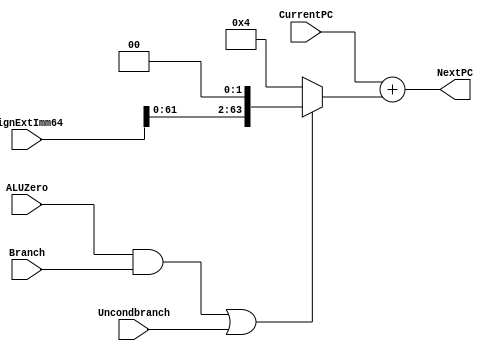
////////////////////////////////////////////////////////////////////////////////
//                                                                            //
//                                                                            //
// VARS:                                                                      //
//     - SignExtImm64 = Output of sign extender                               //
//     - CurrentPC    = Current program counter                               //
//     - Branch       = `true` if instruction type B                          //
//     - Uncondbranch = `true` if instruction type CB                         //
//     - ALUZero      = ALU "zero" output                                     //
//                                                                            //
//                                                                            //
////////////////////////////////////////////////////////////////////////////////


module NextPClogic(NextPC, CurrentPC, SignExtImm64, Branch, ALUZero, Uncondbranch); 
   input [63:0] CurrentPC, SignExtImm64; 
   input 	Branch, ALUZero, Uncondbranch; 
   output [63:0] NextPC; 

   // Boolean algebra to determine the `select` bit for the mux
   wire 	 sel = ((ALUZero & Branch) | Uncondbranch);

   // If the select is true (take the branch) add the SE<<2 to the current PC
   //  if select is false, increment to next instruction (+4)
   assign NextPC = CurrentPC + (sel ? (SignExtImm64<<2) : (3'b100));

endmodule